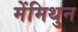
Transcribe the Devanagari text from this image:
मेंमिथुन